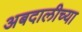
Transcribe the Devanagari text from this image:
अबदालीच्या